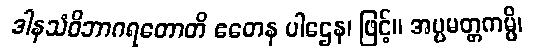
ဒါနသံဝိဘာဂရတောတိ ဧတေန ပါဌေန၊ ဖြင့်။ အပ္ပမတ္တကမ္ပိ၊